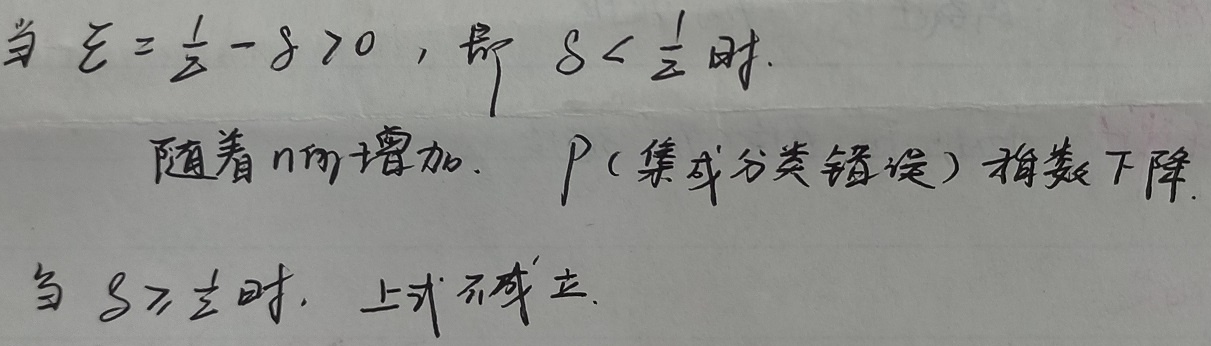
当 \(\varepsilon=\frac{1}{2}-\delta>0\)，即 \(\delta<\frac{1}{2}\) 时，随着 \(n\) 的增加，\(P\)（集成分类错误）指数下降。当 \(\delta\geq\frac{1}{2}\) 时，上式不成立。